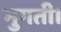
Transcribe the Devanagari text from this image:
भुगती।